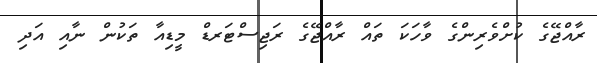
ރާއްޖޭގެ ކުށްވެރިންގެ ވާހަކަ ތައް ރާއްޖޭގެ ރަޖިސްޓަރޑް މީޑިއާ ތަކުން ނާއި އަދި